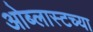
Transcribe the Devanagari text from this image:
ओब्लास्टच्या